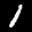
Label: 1